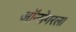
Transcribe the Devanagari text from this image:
ऑन्सेगरला